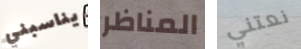
يناسبني المناظر نعتني